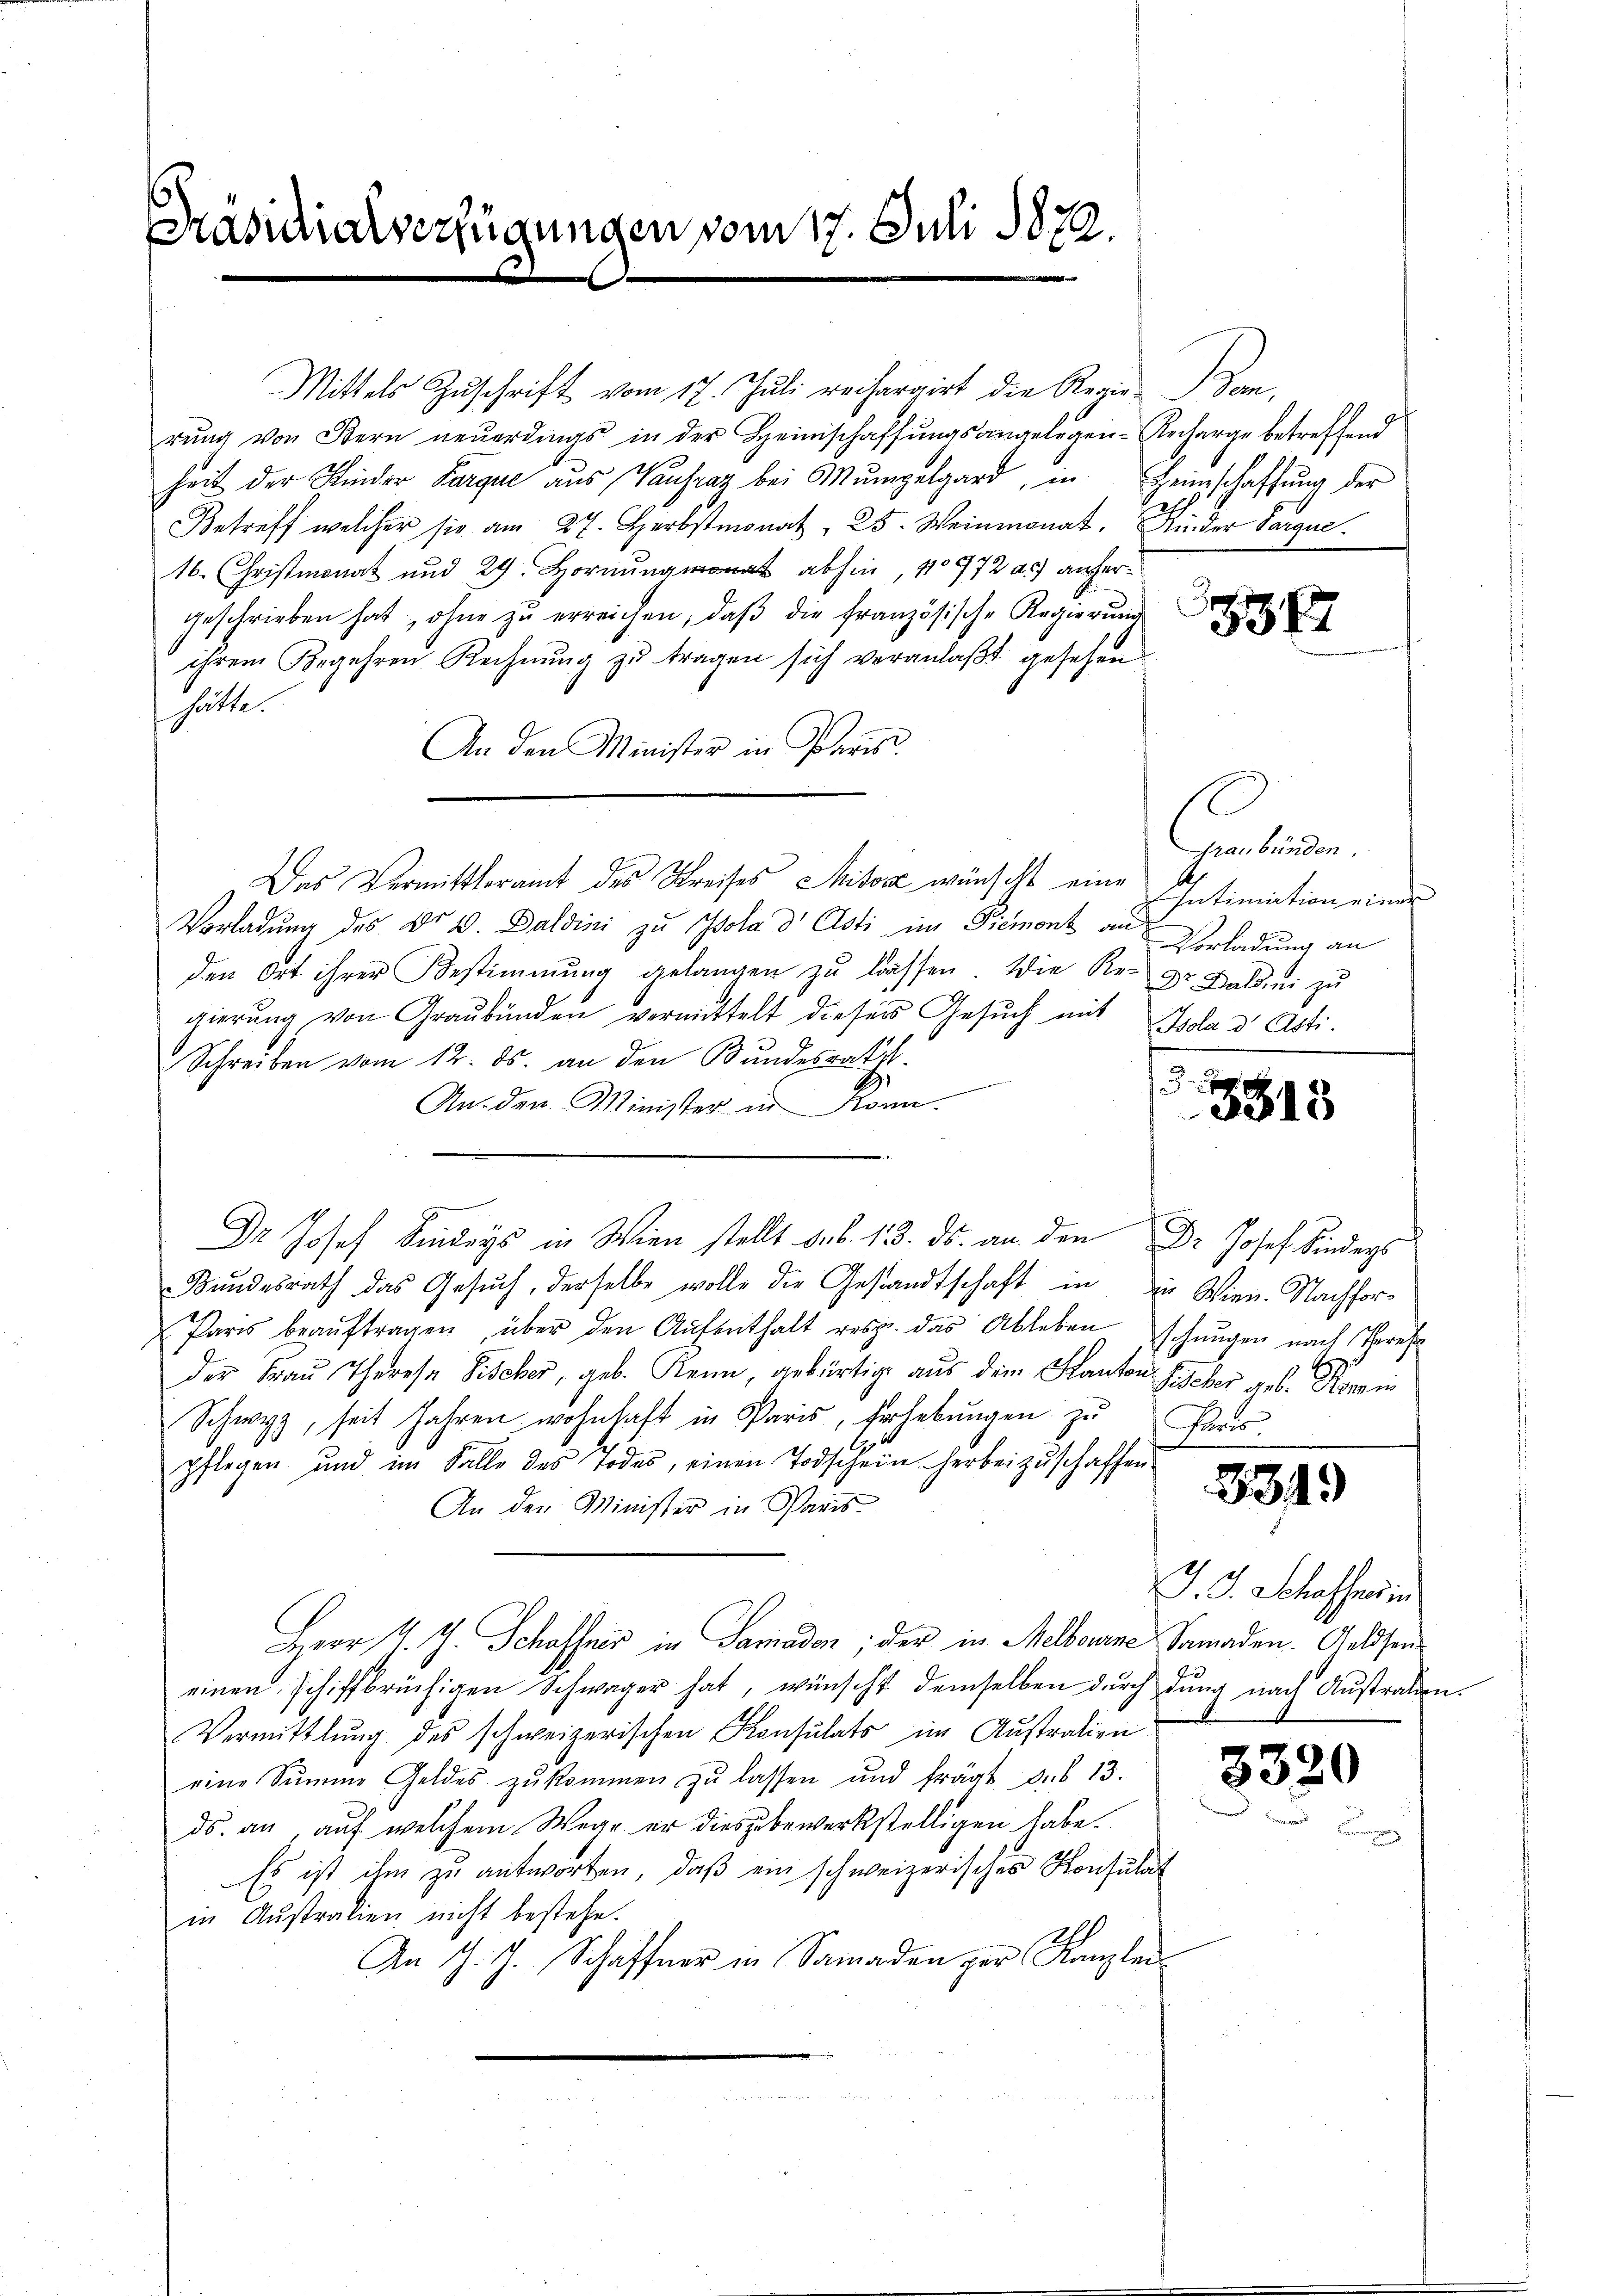
Brasidialverfügungen vom 17. Juli 1822.

Mittels Zŭschrift vom 17. Juli rechargirt die Regie-Sem,
rŭng von Kern neŭerdings in der Heimschaffŭngsangelegen-Recharge betreffend
heit der Kinder Parque aus (Vanfraz bei Mŭmgelgard, in Heimschaffŭng der
Betreff welcher sie am 27. Herbstmonat 25. Weinmonat, Rieder Sargue
16. Christmonat und 29. Hornung monat abhin, No 972 a.) anhergeschrieben hat, ohne zŭ erreichen, daβ die französische Regierŭng
ihrem Begehren Rechnung zu tragen sich veranlaßt gesehen
hätte.
An den Minister in Paris.
Das Vermittleramt des Kreises Miter wünscht eine
Vorladung des Dr. V. Daldini zu Isola d' Asti im Piemont an Verladung an
den Ort ihrer Bestimmung gelangen zŭ lassen. Die Re- Dr. Baldi zu
gierŭng von Graubünden vermittelt dieser Gesŭch mit Isola d Asti.
Schreiben vom 12. ds. an den Bundesrath.
2
An den Minister in Konn
Bundesrath das Gesŭch, derselbe wolle die Gestandtschaft in die Wien. Nachfor¬
Paris beaŭftragen über den Aŭfenthalt resp. das Ableben schŭngen nach Theres
der Frau Therese Fischer, geb. Renn, gebürtige aus dem Kanton Fischer geb. Romin
Schwyz, seit Jahren wohnhaft in Paris, Erhebŭngen zu Paris
pflegen und im Falle des Todes, einen Todschein herbeizuschaffen
An den Minister in Paris
Herr J. J. Schaffner in Samaden; der in Melbourne Sanaden. Geldseneinen schiffbrüchigen Schwager hat, wünscht demselben durch durch nach Austraten.
Vermittlung des schweizerischen Konsulats im Austration
eine Sŭmme Geldes zŭkommen zŭ lassen und frägt sub 13.
ds. an, auf welchem Wege er dieszubewerkstelligen habe.
Es ist ihm zu antworten, daß ein schweizerisches Konsulat
in Austratien nicht bestehe.
An J. J. Schaffner in Samaden zur Kanzlei-

o

5347

Graubünden.
Intimation einer

35
3315

3319

J. J. Schaffenrin

3380